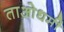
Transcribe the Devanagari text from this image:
ताओधर्मी